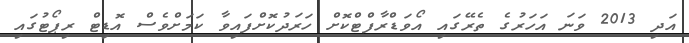
އަދި 2013 ވަނަ އަހަރުގެ ތެރޭގައި އޯވަޑްރާފްޓްކޮށް ހަރަދުކޮށްފައިވާ ކަމަށްވެސް އޮޑިޓް ރިޕޯޓުގައި